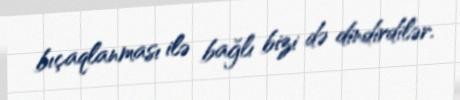
bıçaqlanması ilə bağlı bizi də dindirdilər.